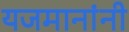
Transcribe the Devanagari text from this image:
यजमानांनी